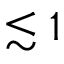
\lesssim 1